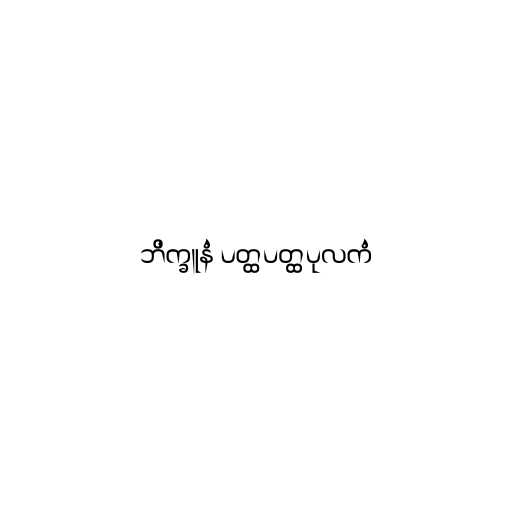
ဘိက္ခူနံ ပတ္ထပတ္ထပုလကံ